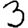
Digit: 3